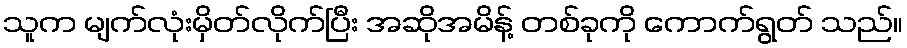
သူက မျက်လုံးမှိတ်လိုက်ပြီး အဆိုအမိန့် တစ်ခုကို ကောက်ရွတ် သည်။